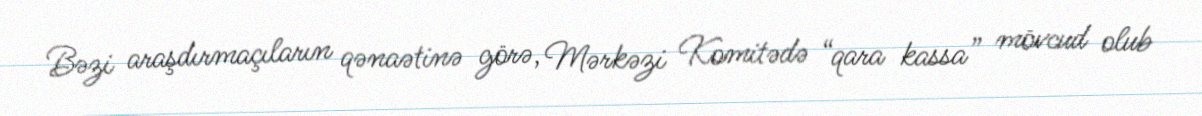
Bəzi araşdırmaçıların qənaətinə görə, Mərkəzi Komitədə “qara kassa” mövcud olub